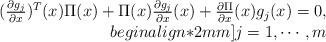
LaTeX: \begin{align*}\begin{array}{r}(\frac{\partial g_j}{\partial x})^T(x)\Pi(x) + \Pi(x)\frac{\partial g_j}{\partial x}(x) + \frac{\partial \Pi}{\partial x}(x)g_j(x)= 0, \\begin{align*}2mm] j=1, \cdots, m \end{array}\end{align*}